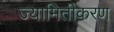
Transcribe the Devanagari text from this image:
ज्यामितीकरण